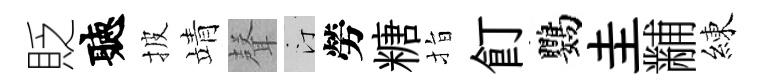
貶聽披靖𮋻汀勞糖指飣鸚圭黼練